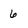
Character: 6